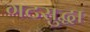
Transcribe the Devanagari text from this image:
गटसुद्धा